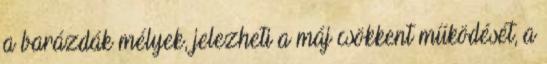
a barázdák mélyek, jelezheti a máj csökkent működését, a